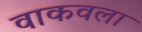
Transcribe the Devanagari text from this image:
वाकवला